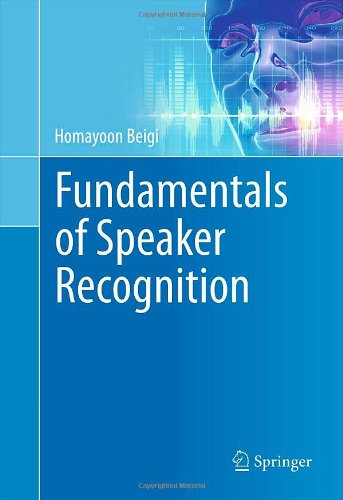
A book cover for Fundamentals of Speaker Recognition; Homayoon Beigi; Computers & Technology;